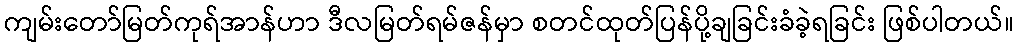
ကျမ်းတော်မြတ်ကုရ်အာန်ဟာ ဒီလမြတ်ရမ်ဇန်မှာ စတင်ထုတ်ပြန်ပို့ချခြင်းခံခဲ့ရခြင်း ဖြစ်ပါတယ်။